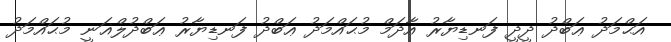
އަޙްމަދު ޢަބްދު ދީދީ ފަނޑިޔާރު އާދަމް މުޙައްމަދު ޢަބްދު ފަނޑިޔާރު ޢަބްދުލްޣަނީ މުޙައްމަދު